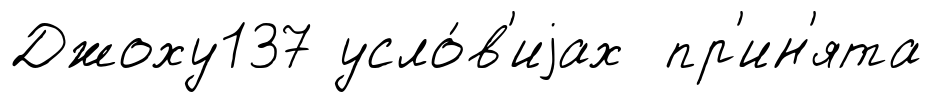
Джоху137 усло́в'иjах пр'ин'ята